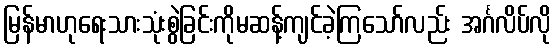
မြန်မာဟုရေးသားသုံးစွဲခြင်းကိုမဆန့်ကျင်ခဲ့ကြသော်လည်း အင်္ဂလိပ်လို